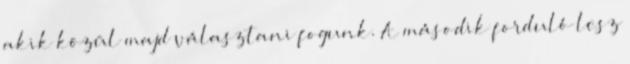
akik közül majd választani fogunk. A második forduló lesz